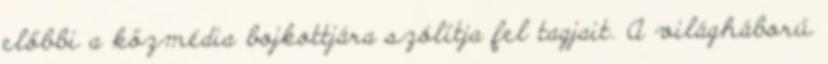
előbbi a közmédia bojkottjára szólítja fel tagjait. A világháború